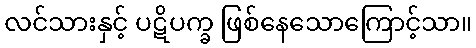
လင်သားနှင့် ပဋိပက္ခ ဖြစ်နေသောကြောင့်သာ။